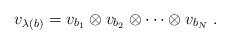
LaTeX: \begin{align*}v_{\lambda (b)}=v_{b_{1}}\otimes v_{b_{2}}\otimes \cdots \otimes v_{b_{N}}\;.\end{align*}